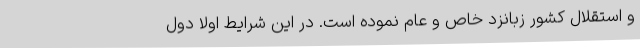
و استقلال کشور زبانزد خاص و عام نموده است. در این شرایط اولاً دول